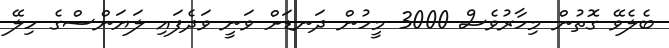
ބެލެވޭ ގޮތުން މިހާރުވެސް 3000 މީހުން ދަނޑަށް ވަނީ ވަދެފައި ލަޔަންސްގެ ހިލޭ